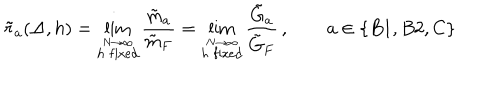
\tilde { r } _ { a } ( \Delta , h ) = \lim _ { \stackrel { N \to \infty } { h \; \mathrm { f i x e d } } } \frac { \tilde { m } _ { a } } { \tilde { m } _ { F } } = \lim _ { \stackrel { N \to \infty } { h \; \mathrm { f i x e d } } } \frac { \tilde { G } _ { a } } { \tilde { G } _ { F } } \, , \qquad a \in \{ B 1 , B 2 , C \}